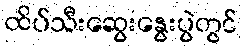
ထိပ်သီးဆွေးနွေးပွဲတွင်